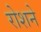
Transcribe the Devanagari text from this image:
रोशने